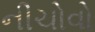
નીચોવો